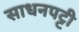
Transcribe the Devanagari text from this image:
साधनपट्टी